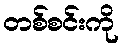
တစ်စင်းကို